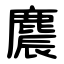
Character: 麎